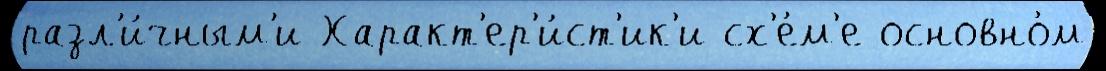
разл'и́чным'и Характ'ер'и́ст'ик'и сх'е́м'е основно́м